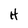
Character: H